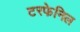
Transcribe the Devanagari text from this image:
टरफेनिल